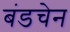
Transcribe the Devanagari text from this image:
बंडचेन